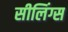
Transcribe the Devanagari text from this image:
सीलिंग्स